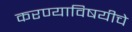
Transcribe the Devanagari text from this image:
करण्याविषयीचे